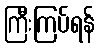
ကြီးကြပ်ရန်